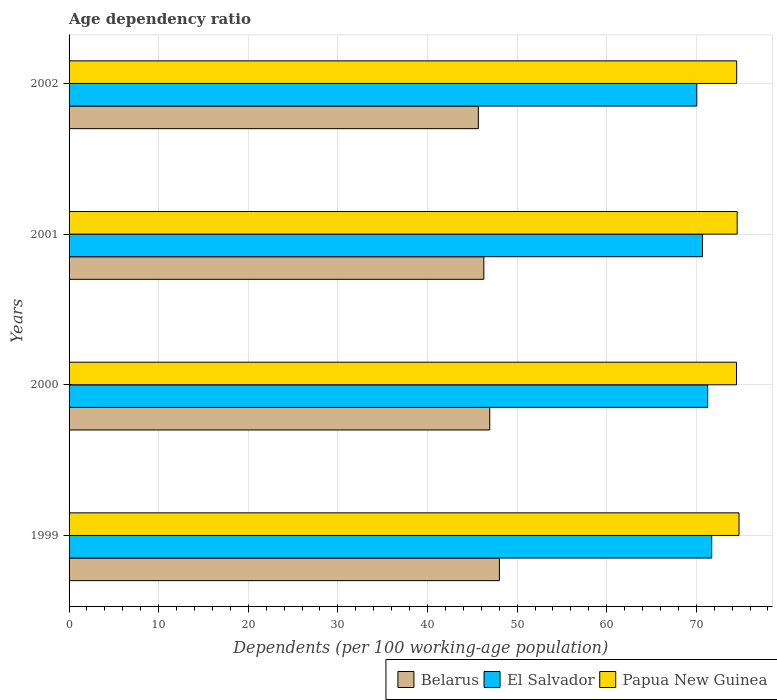
| Years | Belarus | El Salvador | Papua New Guinea |
 | --- | --- | --- | --- |
 | 1999 | 48 | 71.7 | 74.8 |
 | 2000 | 46.9 | 71.3 | 74.5 |
 | 2001 | 46.3 | 70.7 | 74.6 |
 | 2002 | 45.7 | 70.1 | 74.5 |